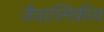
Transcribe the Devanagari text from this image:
जैवाश्मिकीय